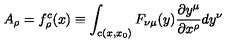
A _ { \rho } = f _ { \rho } ^ { c } ( x ) \equiv \int _ { c ( x , x _ { 0 } ) } F _ { \nu \mu } ( y ) \frac { \partial y ^ { \mu } } { \partial x ^ { \rho } } d y ^ { \nu }